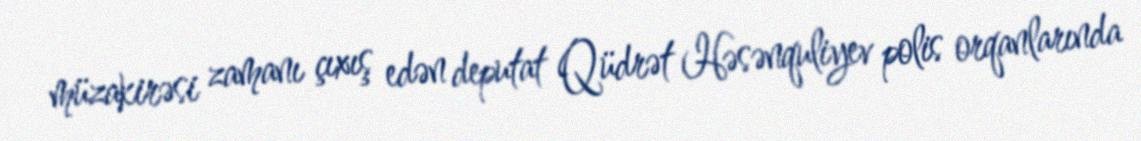
müzakirəsi zamanı çıxış edən deputat Qüdrət Həsənquliyev polis orqanlarında